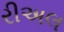
રીઅલ